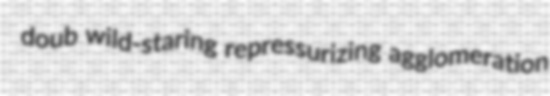
doub wild-staring repressurizing agglomeration